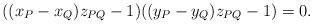
LaTeX: \begin{align*} ((x_P-x_Q)z_{PQ}-1)((y_P-y_Q)z_{PQ}-1) = 0.\end{align*}